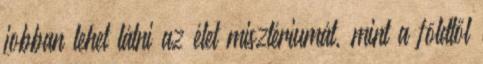
jobban lehet látni az élet misztériumát, mint a földtől